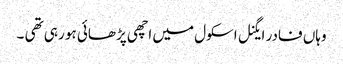
وہاں فادر ایگنل اسکول میں اچھی پڑھائی ہو رہی تھی ۔